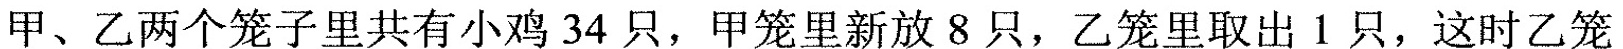
甲、乙两个笼子里共有小鸡34只，甲笼里新放8只，乙笼里取出1只，这时乙笼